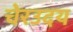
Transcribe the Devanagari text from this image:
चेरउदय